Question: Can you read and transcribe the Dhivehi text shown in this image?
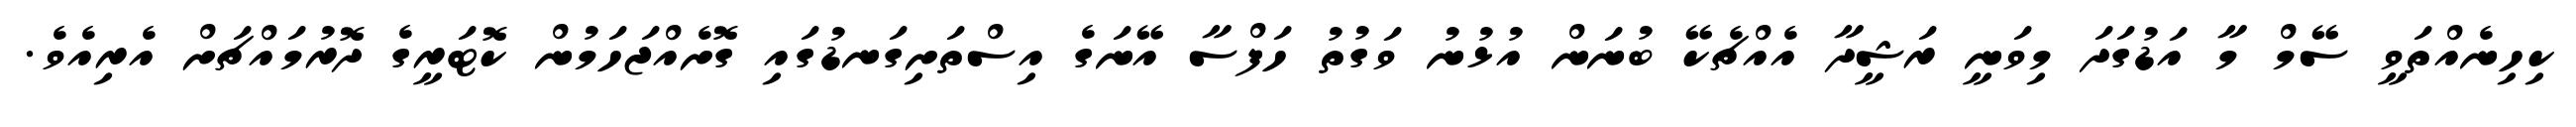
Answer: ކިހިނެއްތަވީ ސޭމް މާ އަޑުގަދަ މިވަނީ ރަޝީދާ އެއްޗެކޭ ބުނަން އުޅުނު ވަގުތު ހަފްސާ އޭނަގެ އިސްތަށިގަނޑުގައި ގޮށެއްޖަހަމުން ކޮޓަރީގެ ދޮރުމައްޗަށް އެރިއެވެ.